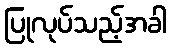
ပြုလုပ်သည့်အခါ